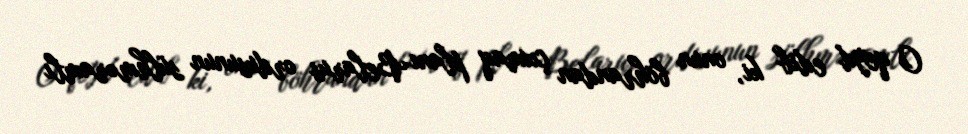
O qeyd edib ki, onun böhrandan çıxmaq planı Belarus ordusunun sülhməramlı